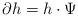
LaTeX: \begin{align*}\partial h= h\cdot \Psi\end{align*}